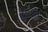
સાલ